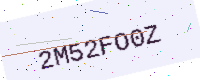
Text: 2M52FO0Z